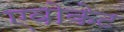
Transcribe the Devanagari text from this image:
एवोकेट